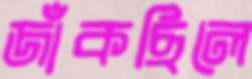
জাঁকছিলে